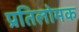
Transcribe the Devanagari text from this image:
प्रतिलोमक